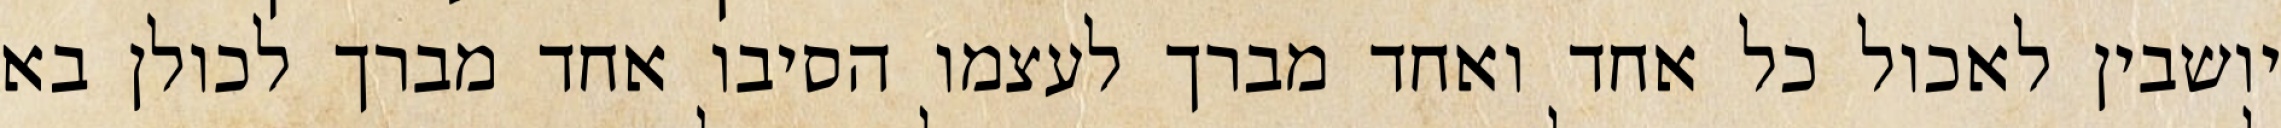
יושבין לאכול כל אחד ואחד מברך לעצמו הסיבו אחד מברך לכולן בא